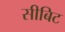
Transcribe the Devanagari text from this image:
सीबिट